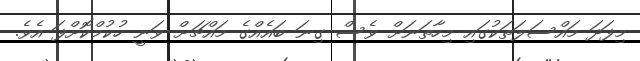
މިފަދަ މައްސަލަތަކުގައި މިހާތަނަށް ވެސް ގިނަ ބައެއްގެ މައްޗަށް ވަނީ ހުކުމްކޮށްފަ އެވެ.